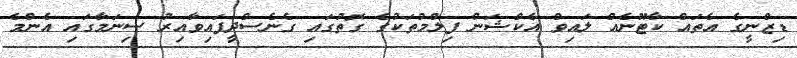
ޑިޒްނީގެ އެތައް ކާޓޫނެއް ލައިވް އެކްޝަން ފިލްމުތަކުގެ ގޮތުގަައި ގެނެސްދީފައިވާއިރު ސިނަމާގައި އެންމެ